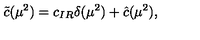
\nonumber \tilde { c } ( \mu ^ { 2 } ) = c _ { I R } \delta ( \mu ^ { 2 } ) + \hat { c } ( \mu ^ { 2 } ) ,